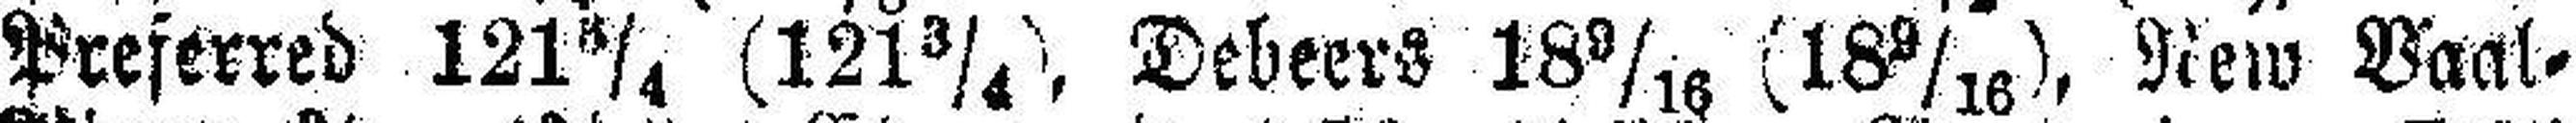
Preferred 121 ¾ (121¾), Debeers 18 9/16 (18 9/16), Rew Vaal=